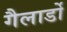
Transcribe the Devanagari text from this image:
गैलार्डो